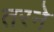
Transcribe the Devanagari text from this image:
तरने